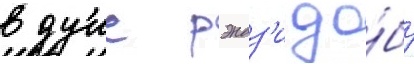
в душе рэндз'и до́бр